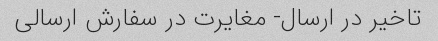
تاخیر در ارسال- مغایرت در سفارش ارسالی